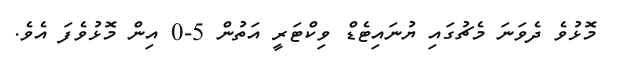
މޮޅުވެ ދެވަނަ މެޗުގައި ޔުނައިޓެޑް ވިކްޓަރީ އަތުން 5-0 އިން މޮޅުވެފަ އެވެ.